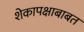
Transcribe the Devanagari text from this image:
शेकापक्षाबाबत